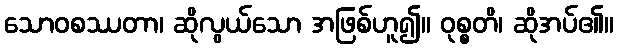
သောဝစဿတာ၊ ဆိုလွယ်သော အဖြစ်ဟူ၍။ ဝုစ္စတိ၊ ဆိုအပ်၏။